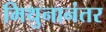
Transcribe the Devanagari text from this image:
मिथुनानंतर